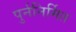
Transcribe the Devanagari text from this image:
पुर्ननिर्मित